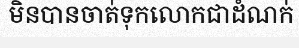
មិនបានចាត់ទុកលោកជាដំណក់